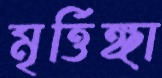
মৃর্ত্তিঙ্গা